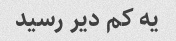
یه کم دیر رسید